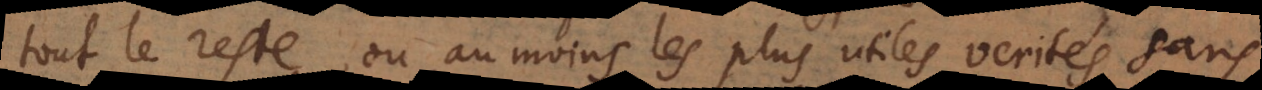
tout le reste, ou au moins les plus utiles verités, sans